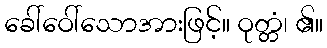
ခေါ်ဝေါ်သောအားဖြင့်။ ဝုတ္တံ၊ ၏။